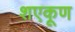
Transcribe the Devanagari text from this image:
शएकूण